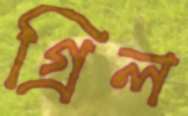
গ্রিল